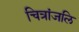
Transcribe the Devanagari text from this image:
चित्रांजलि